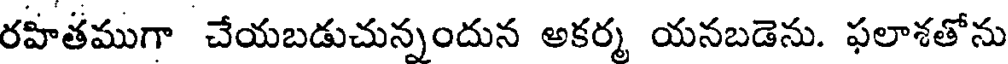
రహితముగా చేయబడుచున్నందున అకర్మ యనబడెను. ఫలాశతోను